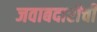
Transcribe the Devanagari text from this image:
जवाबदारीची